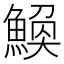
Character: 𫙪